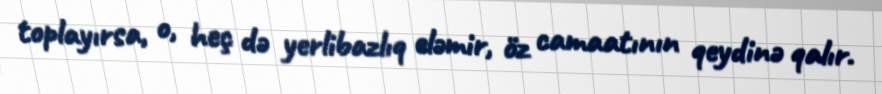
toplayırsa, o, heç də yerlibazlıq eləmir, öz camaatının qeydinə qalır.